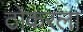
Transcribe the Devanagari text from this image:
ठोकरला